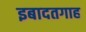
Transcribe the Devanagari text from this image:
इबादतगाह